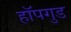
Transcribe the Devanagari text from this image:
हॉपगुड